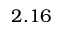
2 . 1 6